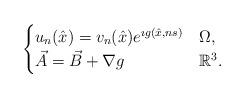
LaTeX: \begin{align*}\begin{cases}u_n(\hat{x})=v_n(\hat{x})e^{\imath g(\hat{x},ns)} & \Omega,\\\vec{A}=\vec{B}+\nabla g & \mathbb{R}^3.\\\end{cases}\end{align*}